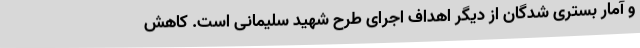
و آمار بستری شدگان از دیگر اهداف اجرای طرح شهید سلیمانی است. کاهش